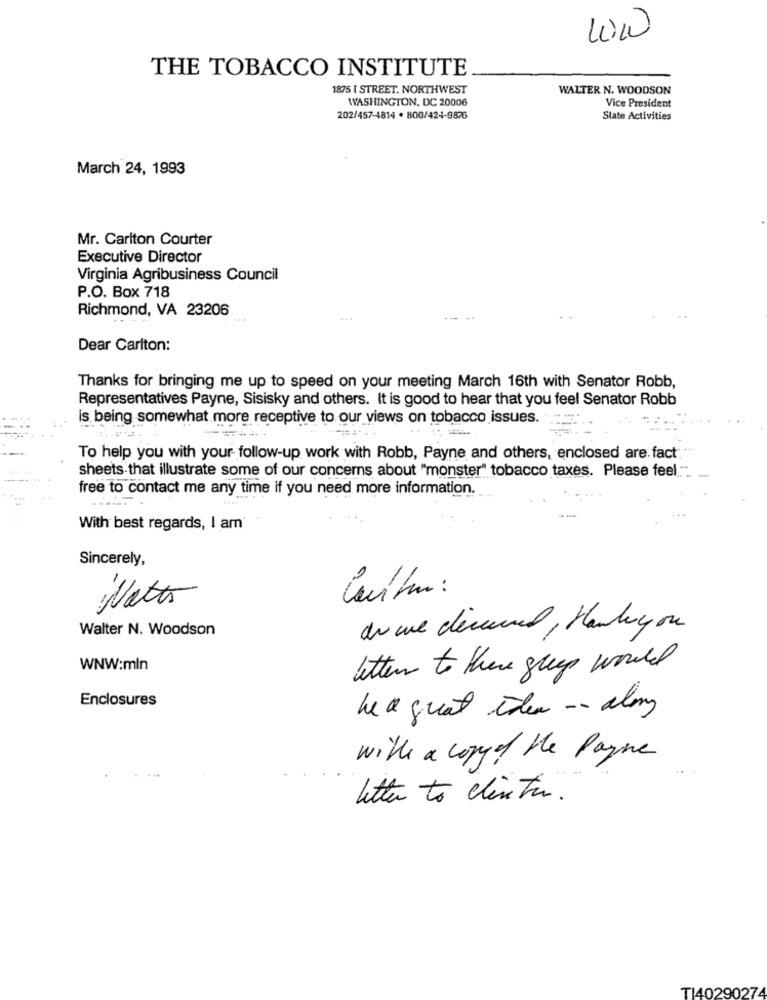
THE TOBACCO INSTITUTE
1875 I STREET. NORTHWEST
WALTER N. WOODSON
WASHINGTON, DC 20006
Vice President
202/457-4814 . 800/424-9876
Slate Activities
March 24, 1993
Mr. Carlton Courter
Executive Director
Virginia Agribusiness Council
P.O. Box 718
Richmond, VA 23206
Dear Carlton:
Thanks for bringing me up to speed on your meeting March 16th with Senator Robb,
Representatives Payne, Sisisky and others. It is good to hear that you feel Senator Robb
is being somewhat more receptive to our views on tobacco issues.
To help you with your follow-up work with Robb, Payne and others, enclosed are. fact
sheets that illustrate some of our concerns about "monster" tobacco taxes. Please feel."
free to contact me any time if you need more information.
With best regards, I am
Sincerely,
Natt
Walter N. Woodson
de cue decanal , Handy on
WNW:mln
letter to there grep would
Enclosures
he a great idea -- along
with a copy of the Payne
letter to clinton .
TI40290274